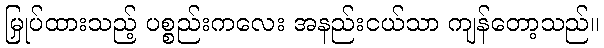
မြှုပ်ထားသည့် ပစ္စည်းကလေး အနည်းငယ်သာ ကျန်တော့သည်။